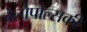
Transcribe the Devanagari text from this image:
बेलोपोल्सकी